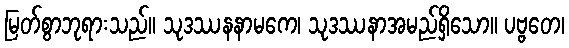
မြတ်စွာဘုရားသည်။ သုဒဿနနာမကေ၊ သုဒဿနာအမည်ရှိသော။ ပဗ္ဗတေ၊